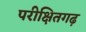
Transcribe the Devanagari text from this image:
परीक्षितगढ़